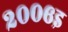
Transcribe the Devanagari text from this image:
२००६इ